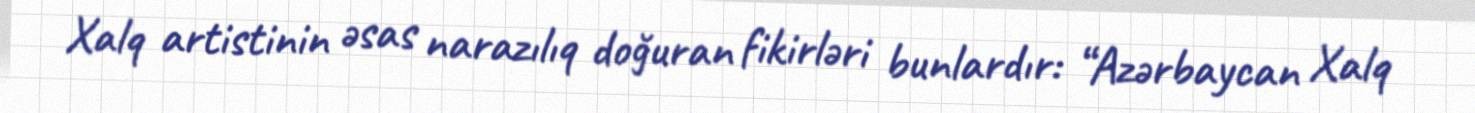
Xalq artistinin əsas narazılıq doğuran fikirləri bunlardır: “Azərbaycan Xalq